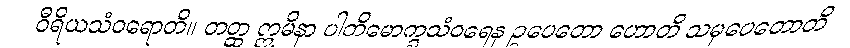
ဝီရိယသံဝရောတိ။ တတ္ထ ဣမိနာ ပါတိမောက္ခသံဝရေန ဥပေတော ဟောတိ သမုပေတောတိ